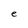
Character: e